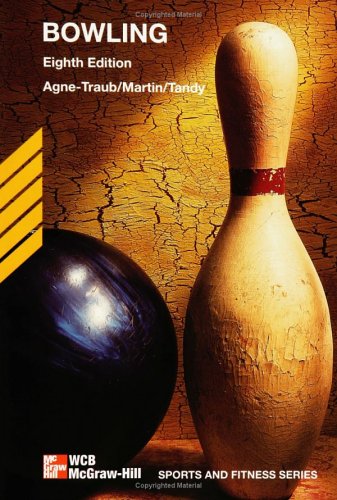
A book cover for Bowling; Charlene Agne-Traub; Sports & Outdoors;